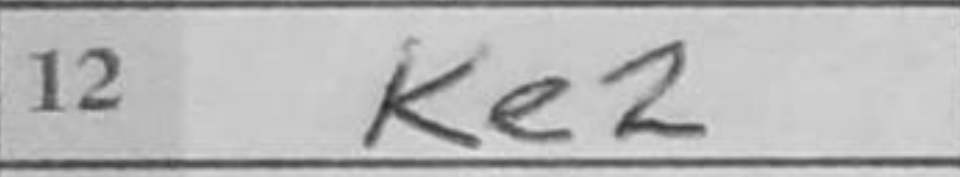
Transcription: Ke2